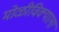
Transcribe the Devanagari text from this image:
मोळीविक्याला